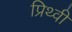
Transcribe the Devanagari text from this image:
प्रिथ्वी